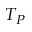
T _ { P }